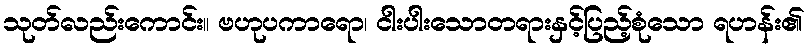
သုတ်လည်းကောင်း။ ဗဟုပကာရော၊ ငါးပါးသောတရားနှင့်ပြည့်စုံသော ရဟန်း၏